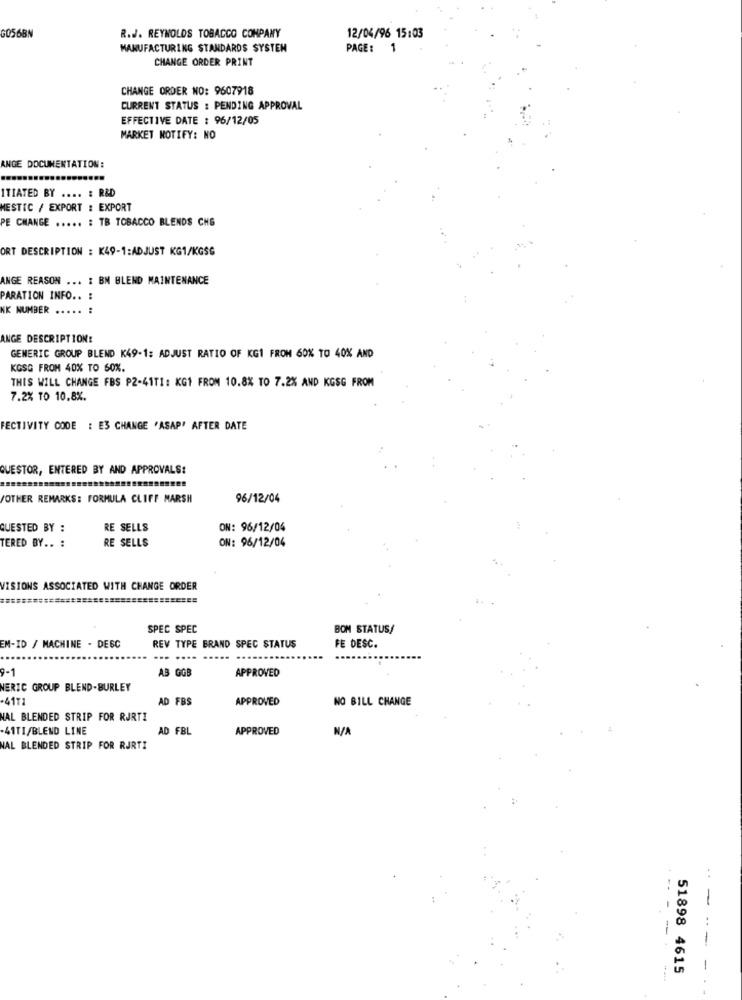
GO56BN
R.J. REYNOLDS TOBACCO COMPANY
12/04/96 15:03
MANUFACTURING STANDARDS SYSTEM
PAGE :
1
CHANGE ORDER PRINT
CHANGE ORDER NO: 9607918
CURRENT STATUS : PENDING APPROVAL
EFFECTIVE DATE : 96/12/05
MARKET NOTIFY: NO
ANGE DOCUMENTATION:
ITIATED BY .... : R&D
MESTIC / EXPORT : EXPORT
PE CHANGE ..... : TB TOBACCO BLENDS CHS
ORT DESCRIPTION : K49-1:ADJUST KG1/KGSG
ANGE REASON ... : BN BLEND MAINTENANCE
PARATION INFO .. :
NK NUMBER ...
:
ANGE DESCRIPTION:
GENERIC GROUP BLEND K49-1: ADJUST RATIO OF KG1 FROM 60% TO 40% AND
KOSG FROM 40% TO 60%.
THIS WILL CHANGE FBS P2-41T1: KG1 FROM 10.8% TO 7.2% AND KGSG FROM
7.2% TO 10,8%.
FECTIVITY CODE : E3 CHANGE 'ASAP' AFTER DATE
QUESTOR, ENTERED BY AND APPROVALS:
/OTHER REMARKS: FORMULA CLIFF MARSH
96/12/04
QUESTED BY :
RE SELLS
ON: 96/12/04
RE SELLS
TERED BY .. :
ON: 96/12/04
VISIONS ASSOCIATED WITH CHANGE ORDER
SPEC SPEC
BOM STATUS/
EM-ID / MACHINE . DESC
REV TYPE BRAND SPEC STATUS
FE DESC.
9-1
AB GGB
APPROVED
NERIC GROUP BLEND-BURLEY
-4171
AD FBS
APPROVED
NO BILL CHANGE
NAL BLENDED STRIP FOR RJRTI
-41TI/BLEND LINE
AD FBL
APPROVED
NAL BLENDED STRIP FOR RJRTI
..
-----
51898 4615